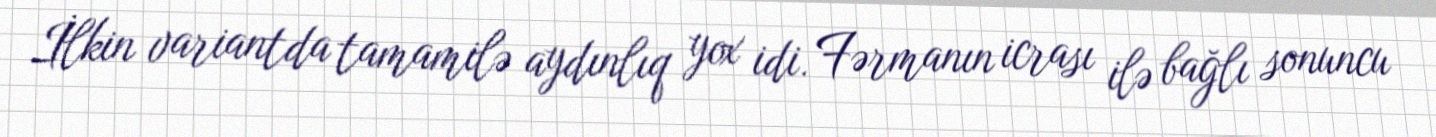
İlkin variantda tamamilə aydınlıq yox idi. Fərmanın icrası ilə bağlı sonuncu